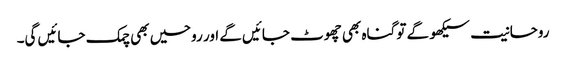
روحانیت سیکھو گے تو گناہ بھی چھوٹ جائیں گے اور روحیں بھی چمک جائیں گی۔